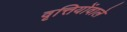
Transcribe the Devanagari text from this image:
वृत्तियोंवाले